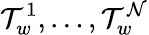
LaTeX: \mathcal{T}_{w}^{1},\ldots,\mathcal{T}_{w}^{\mathcal{N}}